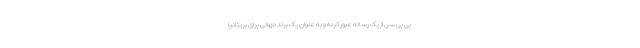
بی بی سی از یک رسانه عبور کرده و به عنوان یک برند جهانی برای بریتانیا